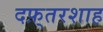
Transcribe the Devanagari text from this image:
दफ़्तरशाह